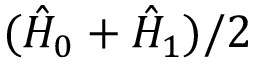
( \hat { H } _ { 0 } + \hat { H } _ { 1 } ) / 2